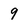
Character: 9